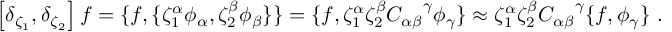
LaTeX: \left[ \delta _ { \zeta _ { 1 } } , \delta _ { \zeta _ { 2 } } \right] f = \{ f , \{ \zeta _ { 1 } ^ { \alpha } \phi _ { \alpha } , \zeta _ { 2 } ^ { \beta } \phi _ { \beta } \} \} = \{ f , \zeta _ { 1 } ^ { \alpha } \zeta _ { 2 } ^ { \beta } { C _ { \alpha \beta } } ^ { \gamma } \phi _ { \gamma } \} \approx \zeta _ { 1 } ^ { \alpha } \zeta _ { 2 } ^ { \beta } { C _ { \alpha \beta } } ^ { \gamma } \{ f , \phi _ { \gamma } \} \ .